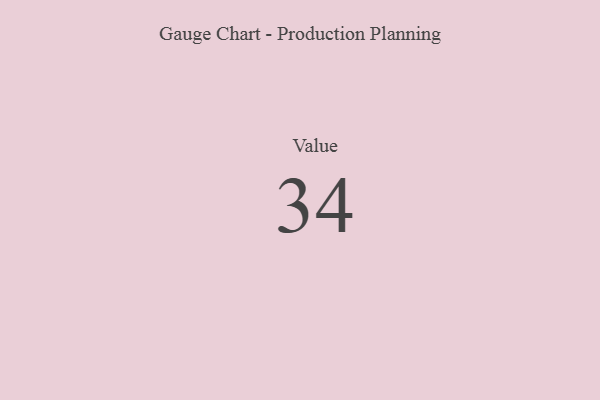
{"axis": {"x": "Metric", "y": "Value"}, "legend": [""], "data": [{"x": "Value", "y": 34, "type": ""}]}